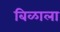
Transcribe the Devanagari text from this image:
बिळाला